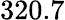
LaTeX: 320.7